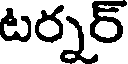
టర్నర్